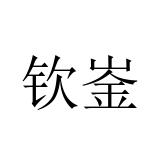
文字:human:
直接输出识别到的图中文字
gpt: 钦崟